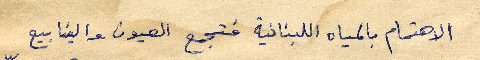
الاهتمام بالمياه اللبنانية فتجمع العيون والينابيع